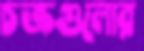
চক্রগুলোর